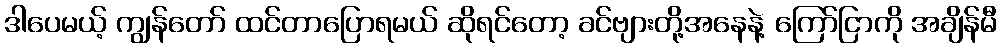
ဒါပေမယ့် ကျွန်တော် ထင်တာပြောရမယ် ဆိုရင်တော့ ခင်ဗျားတို့အနေနဲ့ ကြော်ငြာကို အချိန်မီ